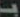
ب